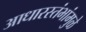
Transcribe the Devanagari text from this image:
आधारस्तंभांमुळे